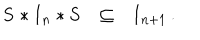
\begin{array} { l l l } { { { \bf S * I } _ { n } * { \bf S } } } & { { \subseteq } } & { { { \bf I } _ { n + 1 } } } \\ \end{array} { } .